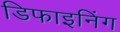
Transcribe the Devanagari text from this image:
डिफाइनिंग